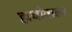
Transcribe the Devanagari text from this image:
हाथीवाला